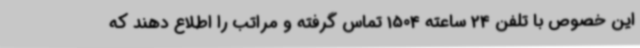
این خصوص با تلفن 24 ساعته 1504 تماس گرفته و مراتب را اطلاع دهند که